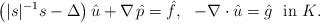
LaTeX: \begin{align*} \big( |s|^{-1}s - \Delta\big)\, \hat{u} + \nabla\, \hat{p}=\hat{f}, \ \ -\nabla\cdot \hat{u}=\hat{g}\ \mbox{ in }K.\end{align*}